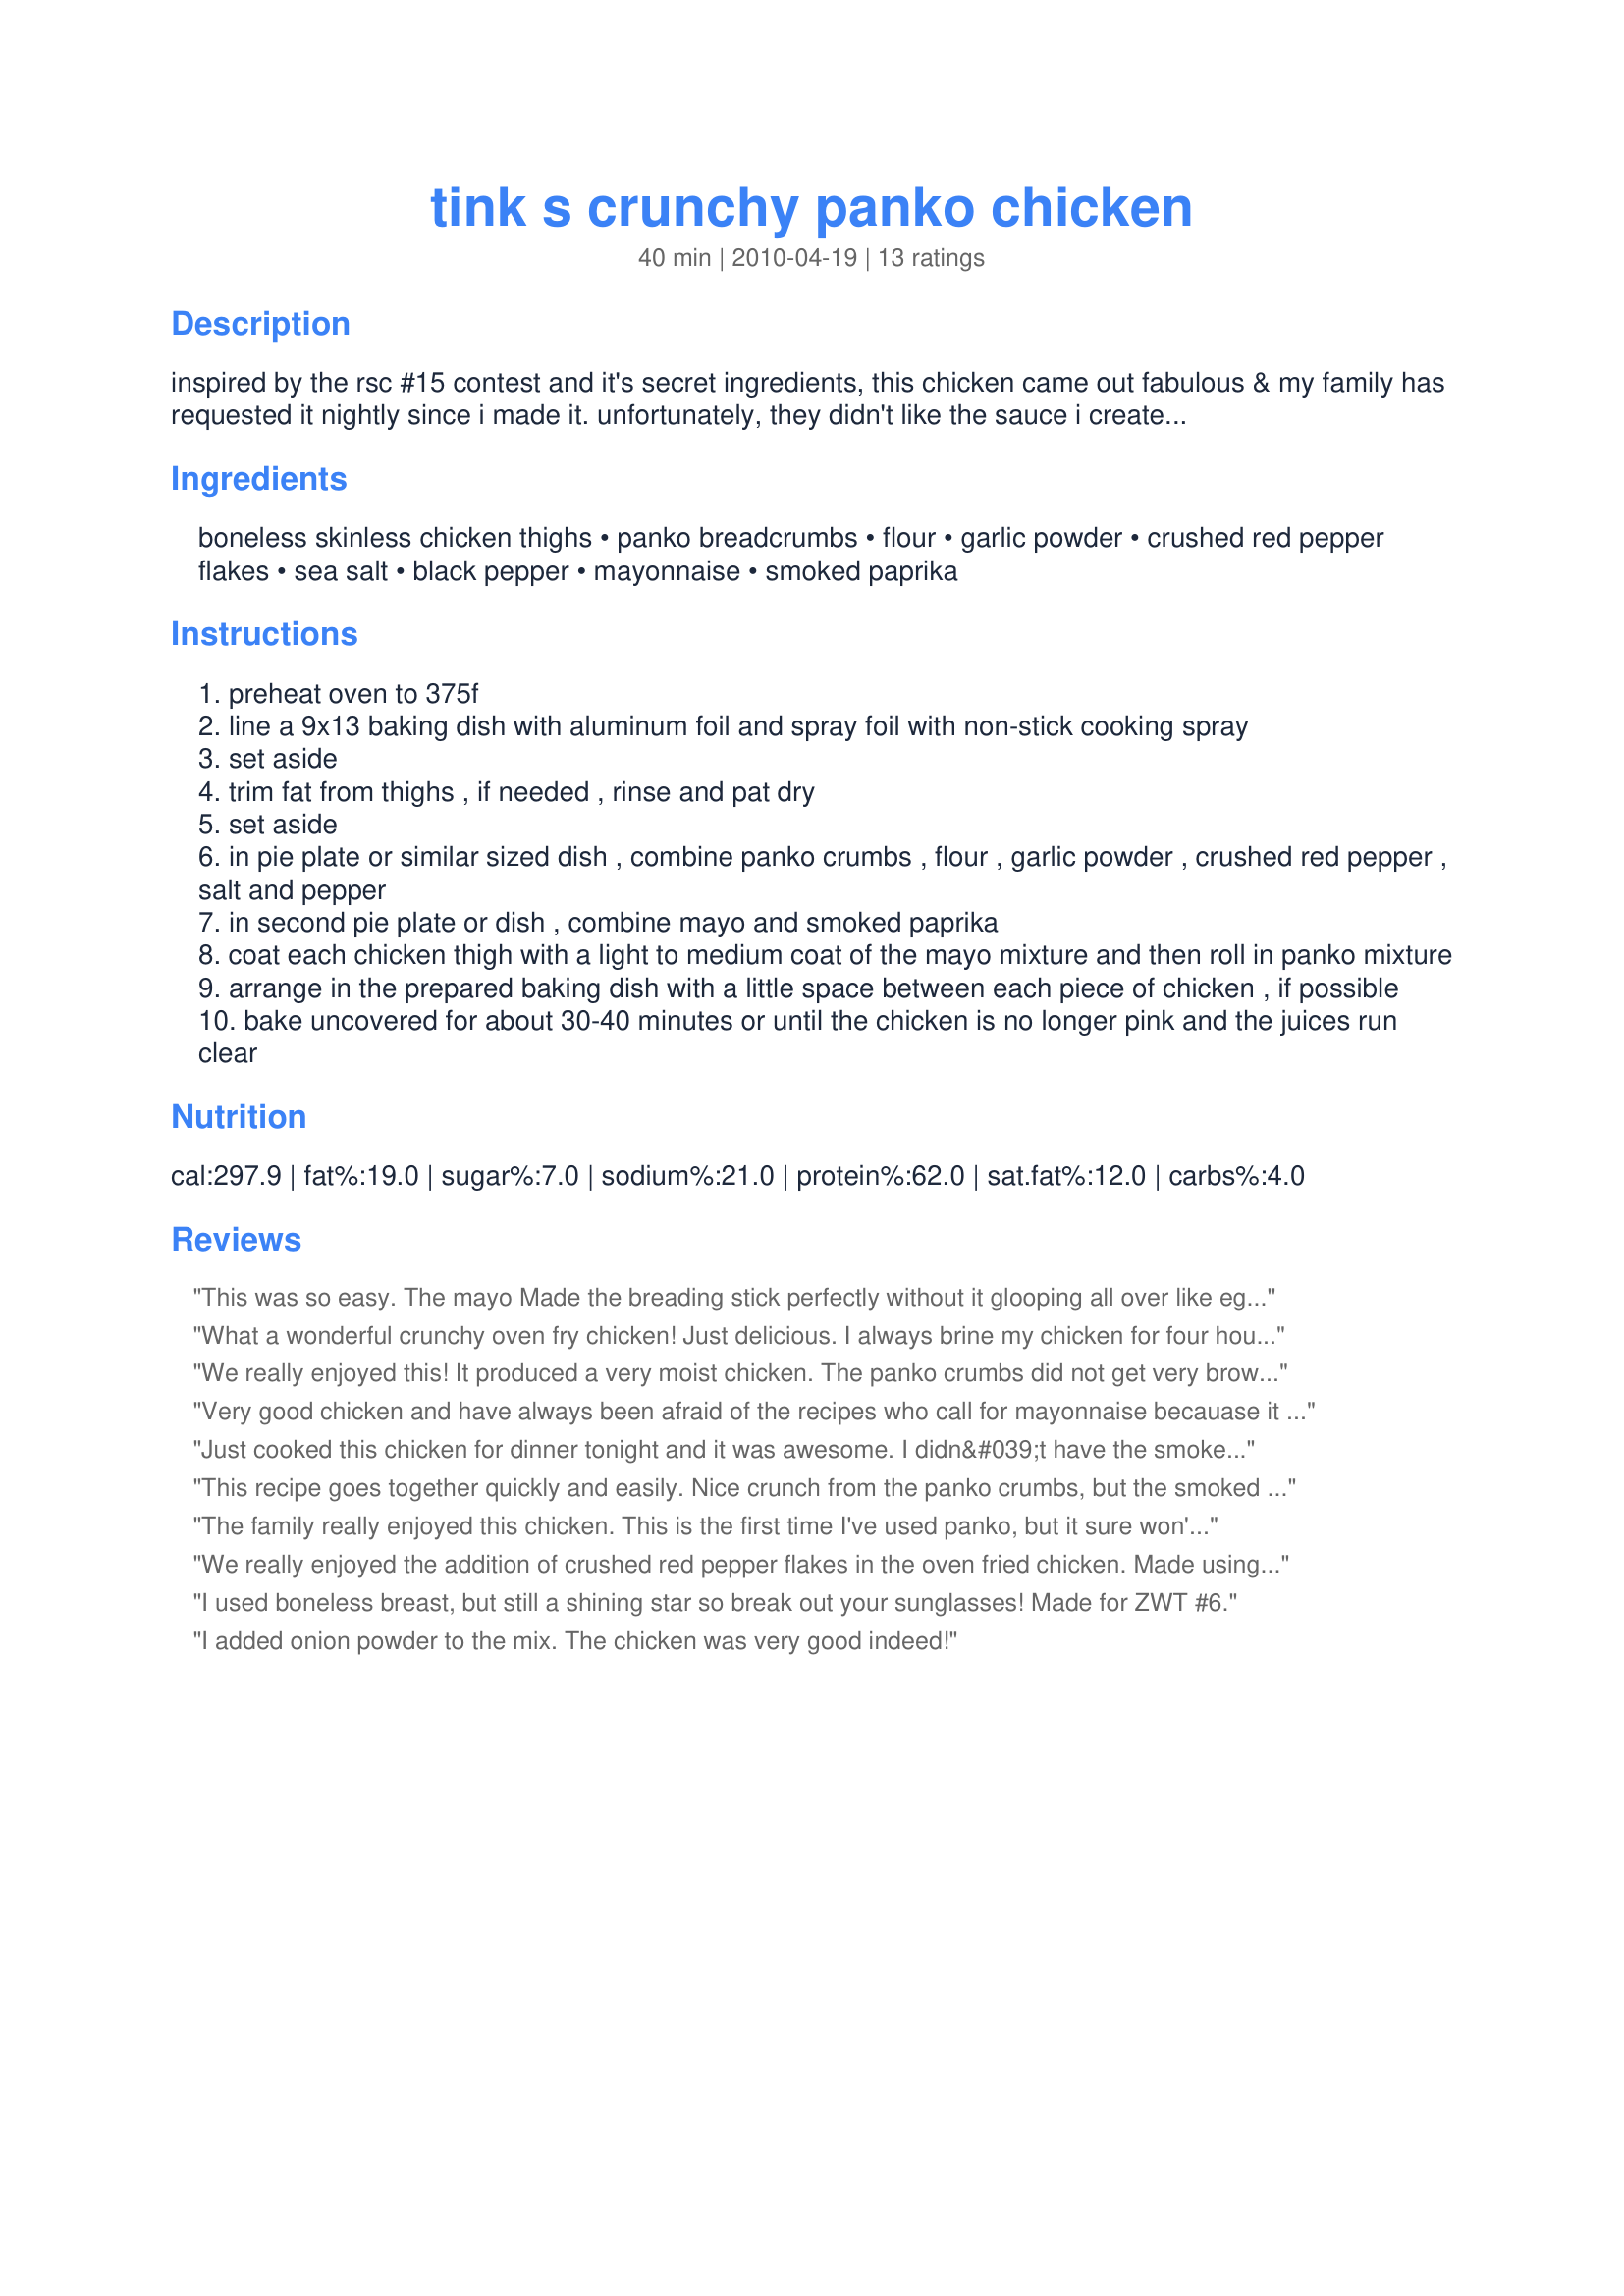
tink s crunchy panko chicken
Preparation time: 40 minutes

inspired by the rsc #15 contest and it's secret ingredients, this chicken came out fabulous & my family has requested it nightly since i made it. unfortunately, they didn't like the sauce i created to go with it so the recipe never made it to the contest entry stage. we like to eat this chicken with some cooked pasta and spaghetti sauce. they say it tastes like kfc, and while i don't agree, it does have a similar texture and a great flavor. thanks to the first two reviewers' comments that garlic powder would be a nice addition, i've added it to the recipe as well. :)

Ingredients:
boneless skinless chicken thighs, panko breadcrumbs, flour, garlic powder, crushed red pepper flakes, sea salt, black pepper, mayonnaise, smoked paprika

Steps:
preheat oven to 375f
line a 9x13 baking dish with aluminum foil and spray foil with non-stick cooking spray
set aside
trim fat from thighs , if needed , rinse and pat dry
set aside
in pie plate or similar sized dish , combine panko crumbs , flour , garlic powder , crushed red pepper , salt and pepper
in second pie plate or dish , combine mayo and smoked paprika
coat each chicken thigh with a light to medium coat of the mayo mixture and then roll in panko mixture
arrange in the prepared baking dish with a little space between each piece of chicken , if possible
bake uncovered for about 30-40 minutes or until the chicken is no longer pink and the juices run clear

Reviews:
This was so easy. The mayo Made the breading stick perfectly without it glooping all over like egg does. I seasoned with garlic salt, oregano, a shake of cumin, paprika and white pepper. So good and so easy.
What a wonderful crunchy oven fry chicken! Just delicious. I always brine my chicken for four hours and I suggest doing that with this recipe if time allows. I had to use an egg wash for the chicken because I was out of mayo. :-( .The smoked paprika is a stroke of genius which I just added to the dry crumb mixture in the absence of mayo. This is a winner winner chicken dinner!
We really enjoyed this! It produced a very moist chicken. The panko crumbs did not get very brown, so next time I would spray the top with olive oil or cooking spray. This did not detract from the taste at all I just think it would be more attractive to have the crumbs more brown. I did use boneless chicken breasts instead of the thighs. Great creation!
Very good chicken and have always been afraid of the recipes who call for mayonnaise becauase it never looks right. Finally tried this one for the first time and it turned out great! Very moist too...family loved it!!
Just cooked this chicken for dinner tonight and it was awesome. I didn&#039;t have the smoked paprika, so I used a regular one. My husband and grandkids devoured it. Very moist inside and crispy outside. The baking time was perfect. Thank you for this delicious easy recipe.
This recipe goes together quickly and easily. Nice crunch from the panko crumbs, but the smoked paprika seemed to come through as a little bitter. Garlic or onion powder might round out the spice blend a little. Overall, a good, basic recipe. Thanks.
The family really enjoyed this chicken. This is the first time I've used panko, but it sure won't be the last. I made the recipe as written with the exception of adding a dash of garlic powder to the panko mixture. This was a very easy dish to prepare. My pound of boneless skinless chicken thighs took 35 minutes to reach the proper temperature. I will be making this recipe again for sure and will share the recipe with family members. Highly recommended! Thanks Tinkerbell for sharing.
We really enjoyed the addition of crushed red pepper flakes in the oven fried chicken. Made using whole chicken breast and adjusted the cook time accordingly. Made as written and will do so again. Thanks so much for the post.
I used boneless breast, but still a shining star so break out your sunglasses! Made for ZWT #6.
I added onion powder to the mix. The chicken was very good indeed!
I used skinless, bone-in chicken thighs and enjoyed the coating & ease of the recipe. The smoky flavor was the highlight for me and since I used hot smoked paprika we liked the spicy heat. Thank you for sharing your recipe! Made for ZWT6~ Asia.
I am making this for dinner again tonight! My picky husband requested it as I have made it several other times and it always turns out delicious! The only change that I made was to sprinkle a little melted butter on top just before baking. Best way that I have found to make boneless, skinless chicken thighs! Thanks for the great recipe.
Very good & easy, I cut the recipe in half for just my husband & I, he is`nt a chicken fan but said this was delicious! Will add to my Favorites cookbook, thanks for posting. I used boneless chicken breast halves.
